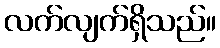
လက်လျက်ရှိသည်။